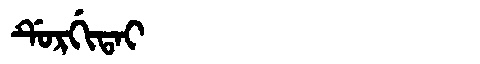
Manchu: ᡩᡠᡵᡤᡳᡨᠠᡳ
Romanization: DURGITAI